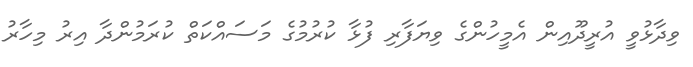
ވިދާޅުވީ އުރީދޫއިން އެމީހުންގެ ވިޔަފާރި ފުޅާ ކުރުމުގެ މަސައްކަތް ކުރަމުންދާ އިރު މިހާރު